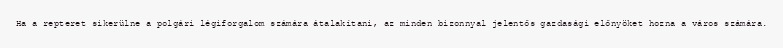
Ha a repteret sikerülne a polgári légiforgalom számára átalakítani, az minden bizonnyal jelentős gazdasági előnyöket hozna a város számára.